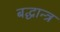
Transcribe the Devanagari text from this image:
बद्धान्त्र